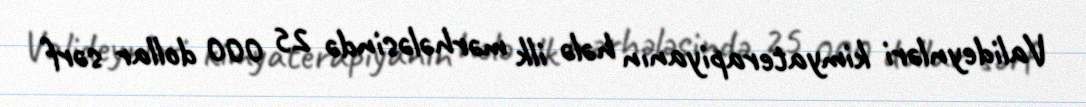
Valideynləri kimyaterapiyanın hələ ilk mərhələsində 25 000 dollar sərf